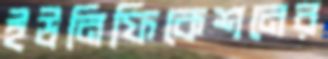
ইউনিফিকেশনের